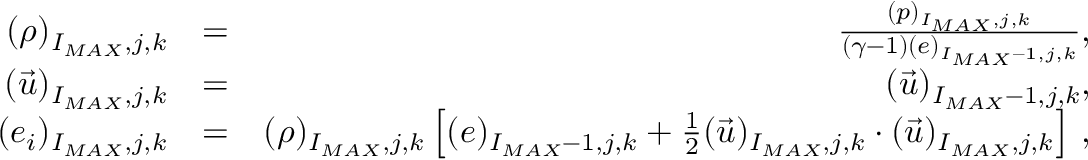
\begin{array} { r l r } { ( \rho ) _ { I _ { M A X } , j , k } } & { = } & { \frac { ( p ) _ { I _ { M A X } , j , k } } { ( \gamma - 1 ) ( e ) _ { I _ { M A X } - 1 , j , k } } \mathrm { , } } \\ { ( \vec { u } ) _ { I _ { M A X } , j , k } } & { = } & { ( \vec { u } ) _ { I _ { M A X } - 1 , j , k } \mathrm { , } } \\ { ( e _ { i } ) _ { I _ { M A X } , j , k } } & { = } & { ( \rho ) _ { I _ { M A X } , j , k } \left[ ( e ) _ { I _ { M A X } - 1 , j , k } + \frac { 1 } { 2 } ( \vec { u } ) _ { I _ { M A X } , j , k } \cdot ( \vec { u } ) _ { I _ { M A X } , j , k } \right] \, \mathrm { , } } \end{array}